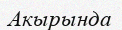
Акырында